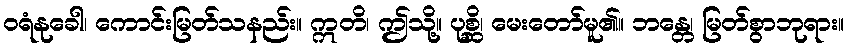
ဝရံနုခေါ၊ ကောင်းမြတ်သနည်း။ ဣတိ၊ ဤသို့။ ပုစ္ဆိ၊ မေးတော်မူ၏။ ဘန္တေ၊ မြတ်စွာဘုရား။